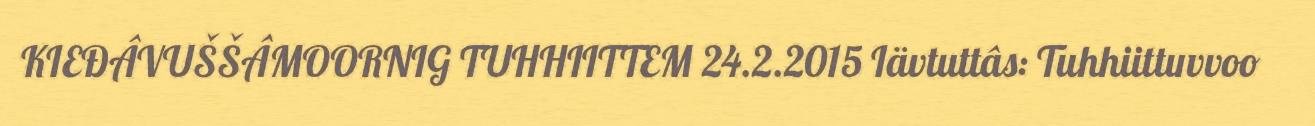
KIEĐÂVUŠŠÂMOORNIG TUHHIITTEM 24.2.2015 Iävtuttâs: Tuhhiittuvvoo